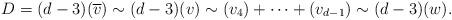
LaTeX: \begin{align*}D = (d-3)(\overline{v}) \sim (d-3) (v) \sim (v_4) + \cdots + (v_{d-1}) \sim (d-3)(w). \end{align*}